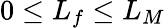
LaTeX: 0\le L_{f}\le L_{M}